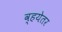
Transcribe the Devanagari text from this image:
व्हयेतर